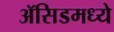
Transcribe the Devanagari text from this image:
ॲसिडमध्ये